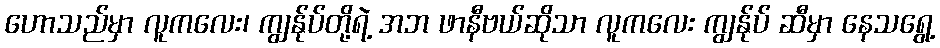
ဟောသည်မှာ လူကလေး၊ ကျွန်ုပ်တို့ရဲ့ အဘ ဖာနီဗယ်ဆိုသာ လူကလေး ကျွန်ုပ် ဆီမှာ နေသရွေ့